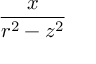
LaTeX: \frac { x } { r ^ { 2 } - z ^ { 2 } }